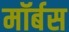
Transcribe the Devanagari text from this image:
मॉर्बस